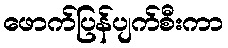
ဖောက်ပြန်ပျက်စီးကာ